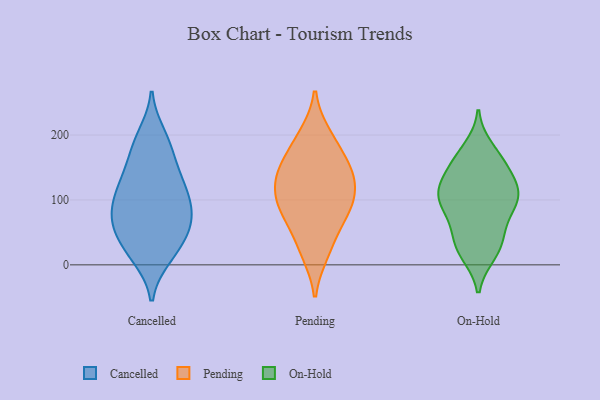
{"axis": {"x": "Shipments", "y": "Value"}, "legend": ["Cancelled", "On-Hold", "Pending"], "data": [{"x": "", "y": 126, "type": "Cancelled"}, {"x": "", "y": 17, "type": "Cancelled"}, {"x": "", "y": 102, "type": "Cancelled"}, {"x": "", "y": 107, "type": "Cancelled"}, {"x": "", "y": 127, "type": "Cancelled"}, {"x": "", "y": 189, "type": "Cancelled"}, {"x": "", "y": 17, "type": "Cancelled"}, {"x": "", "y": 82, "type": "Cancelled"}, {"x": "", "y": 57, "type": "Cancelled"}, {"x": "", "y": 200, "type": "Cancelled"}, {"x": "", "y": 50, "type": "Cancelled"}, {"x": "", "y": 99, "type": "Cancelled"}, {"x": "", "y": 142, "type": "Cancelled"}, {"x": "", "y": 12, "type": "Cancelled"}, {"x": "", "y": 155, "type": "Cancelled"}, {"x": "", "y": 182, "type": "Cancelled"}, {"x": "", "y": 82, "type": "Cancelled"}, {"x": "", "y": 71, "type": "Cancelled"}, {"x": "", "y": 56, "type": "Cancelled"}, {"x": "", "y": 48, "type": "Cancelled"}, {"x": "", "y": 131, "type": "Pending"}, {"x": "", "y": 79, "type": "Pending"}, {"x": "", "y": 90, "type": "Pending"}, {"x": "", "y": 93, "type": "Pending"}, {"x": "", "y": 199, "type": "Pending"}, {"x": "", "y": 155, "type": "Pending"}, {"x": "", "y": 28, "type": "Pending"}, {"x": "", "y": 106, "type": "Pending"}, {"x": "", "y": 130, "type": "Pending"}, {"x": "", "y": 139, "type": "Pending"}, {"x": "", "y": 19, "type": "Pending"}, {"x": "", "y": 71, "type": "Pending"}, {"x": "", "y": 192, "type": "Pending"}, {"x": "", "y": 155, "type": "Pending"}, {"x": "", "y": 82, "type": "On-Hold"}, {"x": "", "y": 48, "type": "On-Hold"}, {"x": "", "y": 157, "type": "On-Hold"}, {"x": "", "y": 30, "type": "On-Hold"}, {"x": "", "y": 118, "type": "On-Hold"}, {"x": "", "y": 87, "type": "On-Hold"}, {"x": "", "y": 45, "type": "On-Hold"}, {"x": "", "y": 20, "type": "On-Hold"}, {"x": "", "y": 157, "type": "On-Hold"}, {"x": "", "y": 119, "type": "On-Hold"}, {"x": "", "y": 92, "type": "On-Hold"}, {"x": "", "y": 106, "type": "On-Hold"}, {"x": "", "y": 160, "type": "On-Hold"}, {"x": "", "y": 17, "type": "On-Hold"}, {"x": "", "y": 179, "type": "On-Hold"}, {"x": "", "y": 114, "type": "On-Hold"}, {"x": "", "y": 100, "type": "On-Hold"}, {"x": "", "y": 128, "type": "On-Hold"}]}